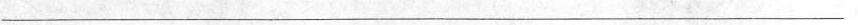
___